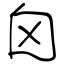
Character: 囟